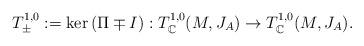
LaTeX: \begin{align*} T_{\pm}^{1,0} := \ker \left( \Pi \mp I \right) : T^{1,0}_{\mathbb C}(M, J_A) \to T^{1,0}_{\mathbb C} (M, J_A).\end{align*}